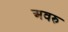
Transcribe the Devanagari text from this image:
अवरु